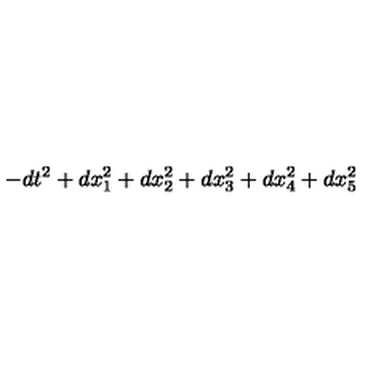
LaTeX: - d t ^ { 2 } + d x _ { 1 } ^ { 2 } + d x _ { 2 } ^ { 2 } + d x _ { 3 } ^ { 2 } + d x _ { 4 } ^ { 2 } + d x _ { 5 } ^ { 2 }